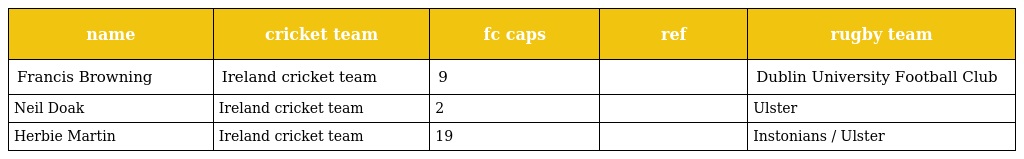
| name | cricket team | fc caps | ref | rugby team |
 | --- | --- | --- | --- | --- |
 | Francis Browning | Ireland cricket team | 9 |  | Dublin University Football Club |
 | Neil Doak | Ireland cricket team | 2 |  | Ulster |
 | Herbie Martin | Ireland cricket team | 19 |  | Instonians / Ulster |